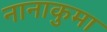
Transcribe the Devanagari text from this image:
नानाकुमा